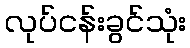
လုပ်ငန်းခွင်သုံး